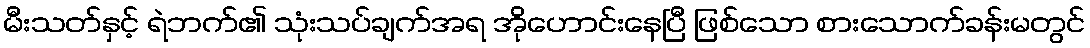
မီးသတ်နှင့် ရဲဘက်၏ သုံးသပ်ချက်အရ အိုဟောင်းနေပြီ ဖြစ်သော စားသောက်ခန်းမတွင်